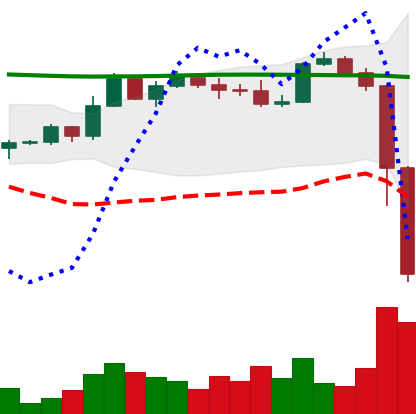
Ticker: BTC-USD
Chart end date: 2022-11-09
Forward return: 4.643%
Label: up_3_5